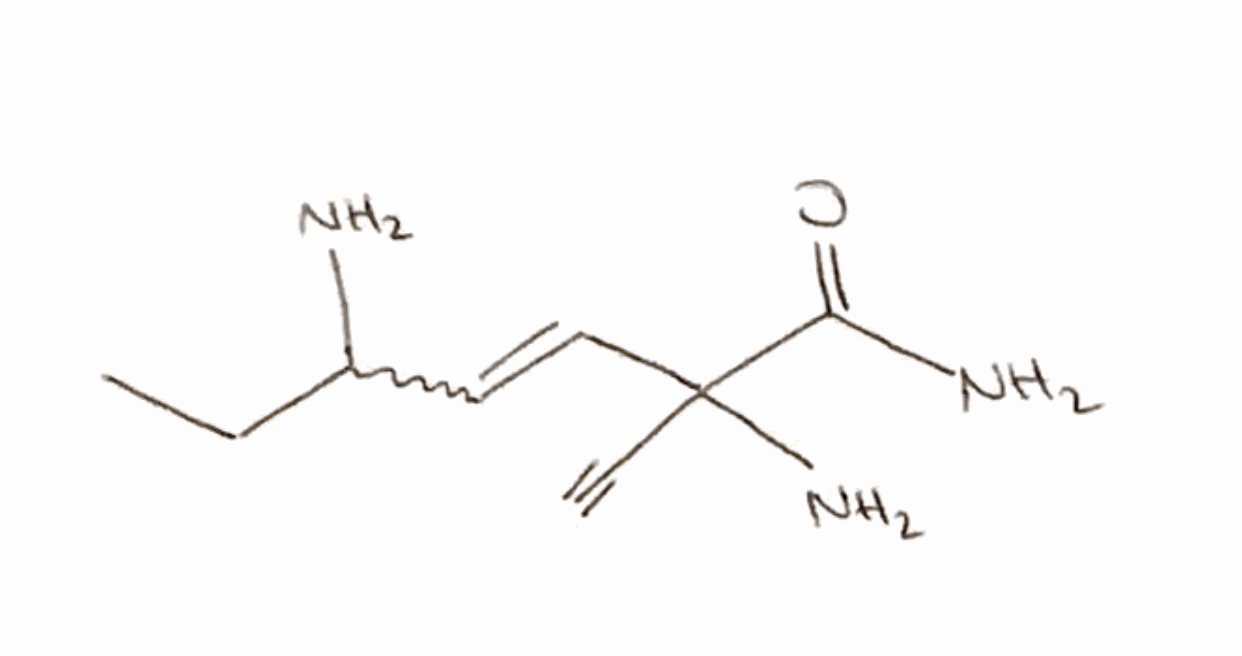
Simplified molecular-input line-entry system (SMILES) notation of the given molecule:
CCC(C=CC(C#C)(C(=O)N)N)N